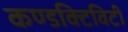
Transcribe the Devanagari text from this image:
कण्डक्टिविटी